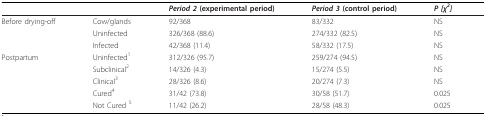
|  |  | Period 2 (experimental period) | Period 3 (control period) | P [χ2] |
 | --- | --- | --- | --- | --- |
 | Before drying-off | Cow/glands | 92/368 | 83/332 | NS |
 |  | Uninfected | 326/368 (88.6) | 274/332 (82.5) | NS |
 |  | Infected | 42/368 (11.4) | 58/332 (17.5) | NS |
 | Postpartum | Uninfected1 | 312/326 (95.7) | 259/274 (94.5) | NS |
 |  | Subclinical2 | 14/326 (4.3) | 15/274 (5.5) | NS |
 |  | Clinical3 | 28/326 (8.6) | 20/274 (7.3) | NS |
 |  | Cured4 | 31/42 (73.8) | 30/58 (51.7) | 0.025 |
 |  | Not Cured 5 | 11/42 (26.2) | 28/58 (48.3) | 0.025 |